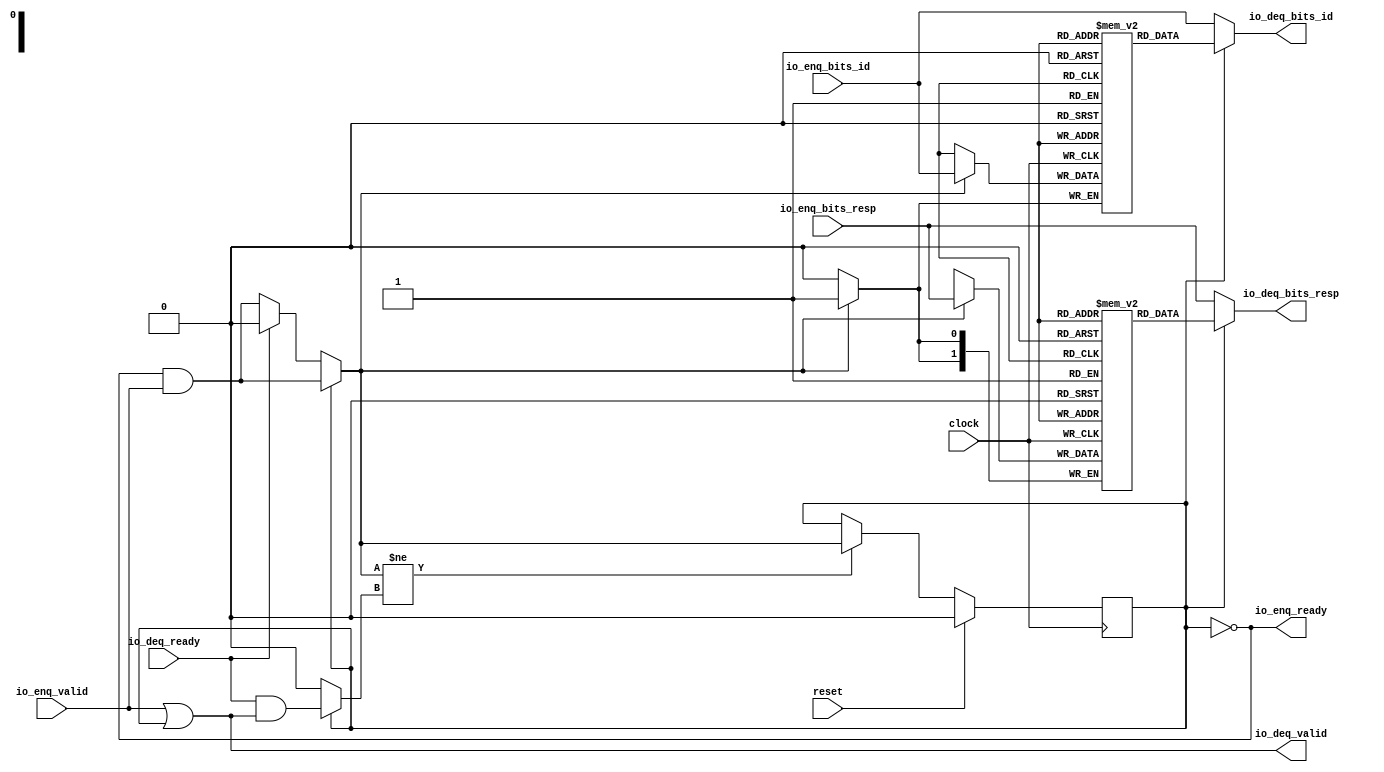
module Queue_17(
  input        clock,
  input        reset,
  output       io_enq_ready,
  input        io_enq_valid,
  input        io_enq_bits_id,
  input  [1:0] io_enq_bits_resp,
  input        io_deq_ready,
  output       io_deq_valid,
  output       io_deq_bits_id,
  output [1:0] io_deq_bits_resp
);
`ifdef RANDOMIZE_MEM_INIT
  reg [31:0] _RAND_0;
  reg [31:0] _RAND_1;
`endif // RANDOMIZE_MEM_INIT
`ifdef RANDOMIZE_REG_INIT
  reg [31:0] _RAND_2;
`endif // RANDOMIZE_REG_INIT
  reg  ram_id [0:0]; // @[Decoupled.scala 218:16]
  wire  ram_id_io_deq_bits_MPORT_data; // @[Decoupled.scala 218:16]
  wire  ram_id_io_deq_bits_MPORT_addr; // @[Decoupled.scala 218:16]
  wire  ram_id_MPORT_data; // @[Decoupled.scala 218:16]
  wire  ram_id_MPORT_addr; // @[Decoupled.scala 218:16]
  wire  ram_id_MPORT_mask; // @[Decoupled.scala 218:16]
  wire  ram_id_MPORT_en; // @[Decoupled.scala 218:16]
  reg [1:0] ram_resp [0:0]; // @[Decoupled.scala 218:16]
  wire [1:0] ram_resp_io_deq_bits_MPORT_data; // @[Decoupled.scala 218:16]
  wire  ram_resp_io_deq_bits_MPORT_addr; // @[Decoupled.scala 218:16]
  wire [1:0] ram_resp_MPORT_data; // @[Decoupled.scala 218:16]
  wire  ram_resp_MPORT_addr; // @[Decoupled.scala 218:16]
  wire  ram_resp_MPORT_mask; // @[Decoupled.scala 218:16]
  wire  ram_resp_MPORT_en; // @[Decoupled.scala 218:16]
  reg  maybe_full; // @[Decoupled.scala 221:27]
  wire  empty = ~maybe_full; // @[Decoupled.scala 224:28]
  wire  _do_enq_T = io_enq_ready & io_enq_valid; // @[Decoupled.scala 40:37]
  wire  _do_deq_T = io_deq_ready & io_deq_valid; // @[Decoupled.scala 40:37]
  wire  _GEN_8 = io_deq_ready ? 1'h0 : _do_enq_T; // @[Decoupled.scala 249:27 Decoupled.scala 249:36]
  wire  do_enq = empty ? _GEN_8 : _do_enq_T; // @[Decoupled.scala 246:18]
  wire  do_deq = empty ? 1'h0 : _do_deq_T; // @[Decoupled.scala 246:18 Decoupled.scala 248:14]
  wire  _T = do_enq != do_deq; // @[Decoupled.scala 236:16]
  wire  _io_deq_valid_T = ~empty; // @[Decoupled.scala 240:19]
  assign ram_id_io_deq_bits_MPORT_addr = 1'h0;
  assign ram_id_io_deq_bits_MPORT_data = ram_id[ram_id_io_deq_bits_MPORT_addr]; // @[Decoupled.scala 218:16]
  assign ram_id_MPORT_data = io_enq_bits_id;
  assign ram_id_MPORT_addr = 1'h0;
  assign ram_id_MPORT_mask = 1'h1;
  assign ram_id_MPORT_en = empty ? _GEN_8 : _do_enq_T;
  assign ram_resp_io_deq_bits_MPORT_addr = 1'h0;
  assign ram_resp_io_deq_bits_MPORT_data = ram_resp[ram_resp_io_deq_bits_MPORT_addr]; // @[Decoupled.scala 218:16]
  assign ram_resp_MPORT_data = io_enq_bits_resp;
  assign ram_resp_MPORT_addr = 1'h0;
  assign ram_resp_MPORT_mask = 1'h1;
  assign ram_resp_MPORT_en = empty ? _GEN_8 : _do_enq_T;
  assign io_enq_ready = ~maybe_full; // @[Decoupled.scala 241:19]
  assign io_deq_valid = io_enq_valid | _io_deq_valid_T; // @[Decoupled.scala 245:25 Decoupled.scala 245:40 Decoupled.scala 240:16]
  assign io_deq_bits_id = empty ? io_enq_bits_id : ram_id_io_deq_bits_MPORT_data; // @[Decoupled.scala 246:18 Decoupled.scala 247:19 Decoupled.scala 242:15]
  assign io_deq_bits_resp = empty ? io_enq_bits_resp : ram_resp_io_deq_bits_MPORT_data; // @[Decoupled.scala 246:18 Decoupled.scala 247:19 Decoupled.scala 242:15]
  always @(posedge clock) begin
    if(ram_id_MPORT_en & ram_id_MPORT_mask) begin
      ram_id[ram_id_MPORT_addr] <= ram_id_MPORT_data; // @[Decoupled.scala 218:16]
    end
    if(ram_resp_MPORT_en & ram_resp_MPORT_mask) begin
      ram_resp[ram_resp_MPORT_addr] <= ram_resp_MPORT_data; // @[Decoupled.scala 218:16]
    end
    if (reset) begin // @[Decoupled.scala 221:27]
      maybe_full <= 1'h0; // @[Decoupled.scala 221:27]
    end else if (_T) begin // @[Decoupled.scala 236:28]
      if (empty) begin // @[Decoupled.scala 246:18]
        if (io_deq_ready) begin // @[Decoupled.scala 249:27]
          maybe_full <= 1'h0; // @[Decoupled.scala 249:36]
        end else begin
          maybe_full <= _do_enq_T;
        end
      end else begin
        maybe_full <= _do_enq_T;
      end
    end
  end
// Register and memory initialization
`ifdef RANDOMIZE_GARBAGE_ASSIGN
`define RANDOMIZE
`endif
`ifdef RANDOMIZE_INVALID_ASSIGN
`define RANDOMIZE
`endif
`ifdef RANDOMIZE_REG_INIT
`define RANDOMIZE
`endif
`ifdef RANDOMIZE_MEM_INIT
`define RANDOMIZE
`endif
`ifndef RANDOM
`define RANDOM $random
`endif
`ifdef RANDOMIZE_MEM_INIT
  integer initvar;
`endif
`ifndef SYNTHESIS
`ifdef FIRRTL_BEFORE_INITIAL
`FIRRTL_BEFORE_INITIAL
`endif
initial begin
  `ifdef RANDOMIZE
    `ifdef INIT_RANDOM
      `INIT_RANDOM
    `endif
    `ifndef VERILATOR
      `ifdef RANDOMIZE_DELAY
        #`RANDOMIZE_DELAY begin end
      `else
        #0.002 begin end
      `endif
    `endif
`ifdef RANDOMIZE_MEM_INIT
  _RAND_0 = {1{`RANDOM}};
  for (initvar = 0; initvar < 1; initvar = initvar+1)
    ram_id[initvar] = _RAND_0[0:0];
  _RAND_1 = {1{`RANDOM}};
  for (initvar = 0; initvar < 1; initvar = initvar+1)
    ram_resp[initvar] = _RAND_1[1:0];
`endif // RANDOMIZE_MEM_INIT
`ifdef RANDOMIZE_REG_INIT
  _RAND_2 = {1{`RANDOM}};
  maybe_full = _RAND_2[0:0];
`endif // RANDOMIZE_REG_INIT
  `endif // RANDOMIZE
end // initial
`ifdef FIRRTL_AFTER_INITIAL
`FIRRTL_AFTER_INITIAL
`endif
`endif // SYNTHESIS
endmodule